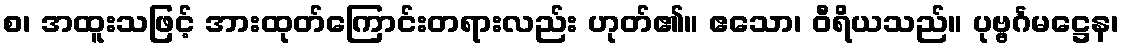
စ၊ အထူးသဖြင့် အားထုတ်ကြောင်းတရားလည်း ဟုတ်၏။ ဧသော၊ ဝီရိယသည်။ ပုဗ္ဗင်္ဂမဋ္ဌေန၊